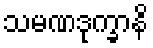
သမဏဒုက္ခာနိ